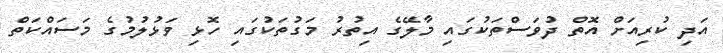
އަދި ކުރިއަށް އޮތް ދުވަސްތަކުގައި މާލޭގެ އިތުރު މަގުތަކުގައި ހޮޅި ވަޅުލުމުގެ މަސައްކަތް